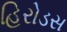
હિરોડસ